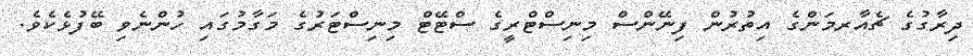
ދިރާގުގެ ޗެއާރމަންގެ އިތުރުން ފިނޭންސް މިނިސްޓްރީގެ ސްޓޭޓް މިނިސްޓަރުގެ މަގާމުގައި ހުންނެވި ބޭފުޅެކެވެ.